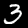
Label: 3